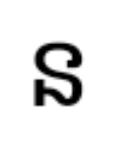
ន